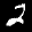
Label: 2